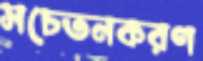
সচেতনকরণ